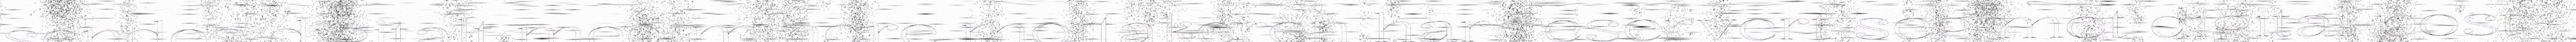
sendes digitalt med mindre mottakeren har reservert seg mot digital post.